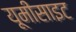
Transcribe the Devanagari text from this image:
यूमीसाइट